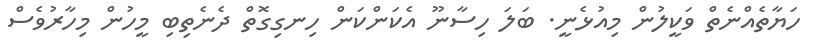
ހަޔާތެއްނެތް ވަކީލުން މިއުޅެނީ. ބަލަ ހިސާނޫ އެކަންކަން ހިނގިގޮތް ދެނެތިބި މީހުން މިހާރުވެސް